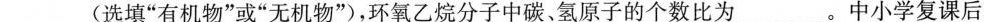
_(选填”有机物”或”无机物”)，环氧乙烷分子中碳、氢原子的个数比为_。中小学复课后